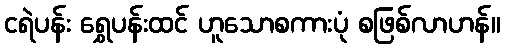
ငရဲပန်း ရွှေပန်းထင် ဟူသောစကားပုံ စဖြစ်လာဟန်။